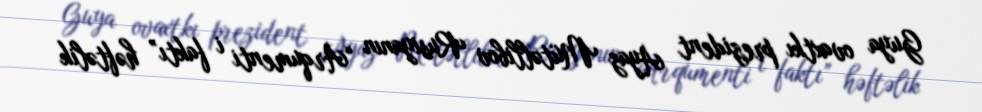
Guya ovaxtkı prezident Ayaz Mütəllibov Rusiyanın “Arqumenti i faktı” həftəlik